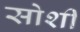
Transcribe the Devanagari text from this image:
सोशी